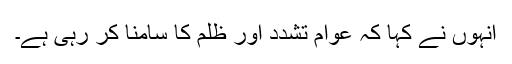
انہوں نے کہا کہ عوام تشدد اور ظلم کا سامنا کر رہی ہے۔